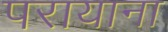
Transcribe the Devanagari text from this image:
परायाना